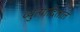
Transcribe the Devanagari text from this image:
व्युत्पादितात